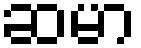
ဆမာ